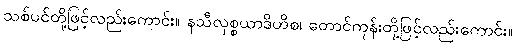
သစ်ပင်တို့ဖြင့်လည်းကောင်း။ နသီလုစ္စယာဒိဟိစ၊ တောင်ကုန်းတို့ဖြင့်လည်းကောင်း။